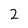
Character: 2